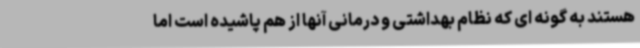
هستند به گونه ای که نظام بهداشتی و درمانی آنها از هم پاشیده است اما